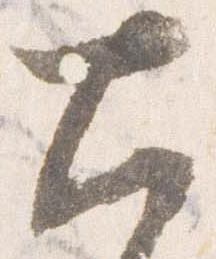
大